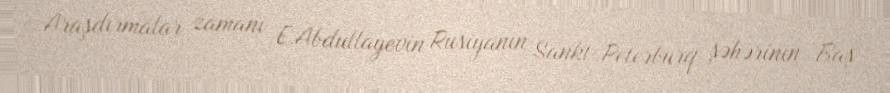
Araşdırmalar zamanı E.Abdullayevin Rusiyanın Sankt-Peterburq şəhərinin Baş